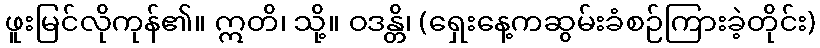
ဖူးမြင်လိုကုန်၏။ ဣတိ၊ သို့။ ဝဒန္တိ၊ (ရှေးနေ့ကဆွမ်းခံစဉ်ကြားခဲ့တိုင်း)